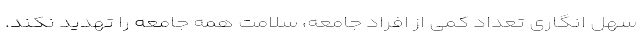
سهل انگاری تعداد کمی از افراد جامعه، سلامت همه جامعه را تهدید نکند.